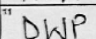
Transcription: DWP